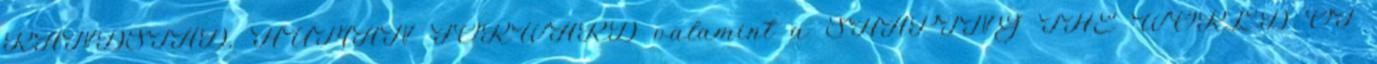
RANDSTAD, HUMAN FORWARD valamint a SHAPING THE WORLD OF